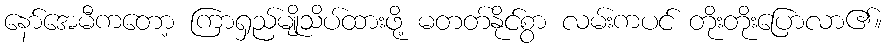
နော်အေမီကတော့ ကြာရှည်မျိုသိပ်ထားဖို့ မတတ်နိုင်စွာ လမ်းကပင် တိုးတိုးပြောလာ၏။